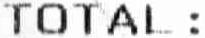
TOTAL :